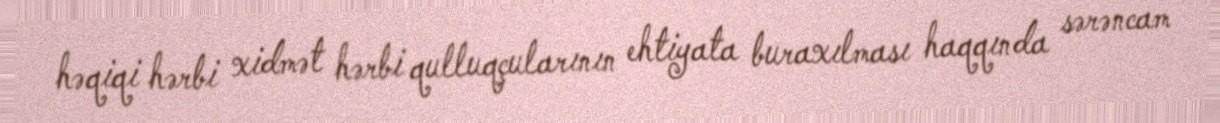
həqiqi hərbi xidmət hərbi qulluqçularının ehtiyata buraxılması haqqında sərəncam